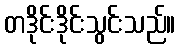
တဒိုင်းဒိုင်းသွင်းသည်။